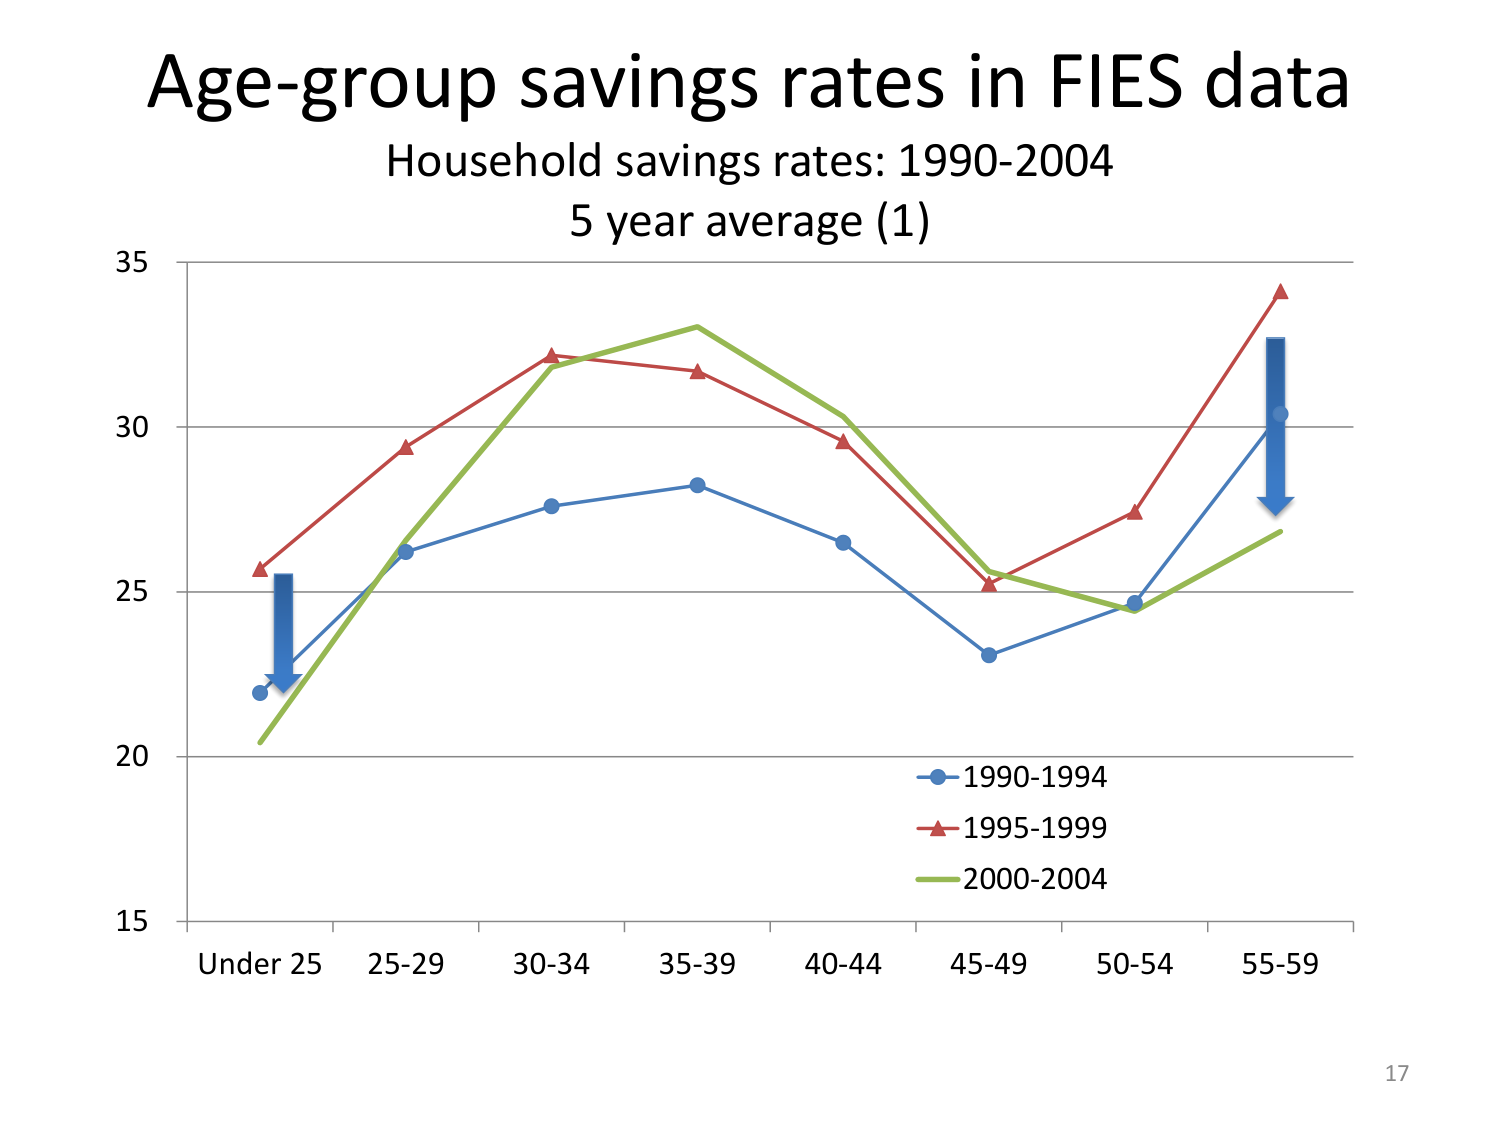
Age-group savings rates in FIES data
Household savings rates: 1990-2004
5 year average (1)
35
30
25
20
15
Under 25  25-29  30-34  35-39  40-44  45-49  50-54  55-59
1990-1994
1995-1999
2000-2004
17